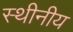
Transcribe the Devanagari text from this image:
स्थीनीय